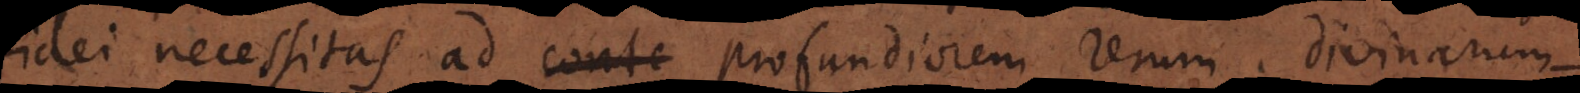
fidei necessitas ad conte profundiorem rerum divinarum